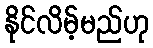
နိုင်လိမ့်မည်ဟု